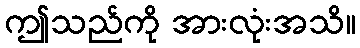
ဤသည်ကို အားလုံးအသိ။